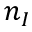
n _ { I }